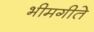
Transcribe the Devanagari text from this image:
भीमगीते